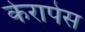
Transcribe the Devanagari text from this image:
केरापेस